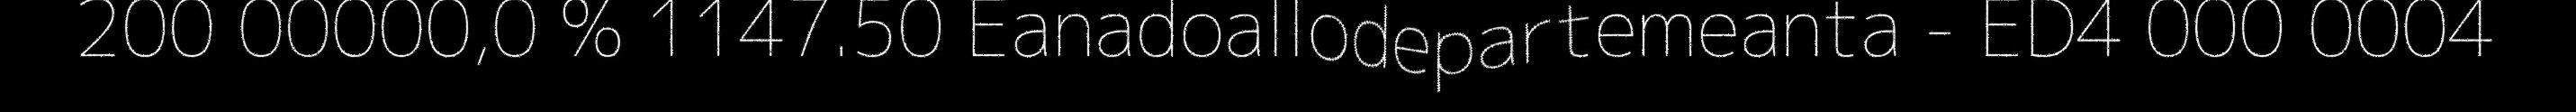
200 00000,0 % 1147.50 Eanadoallodepartemeanta - ED4 000 0004